Leaving Certificate Examination. English paper, 1924
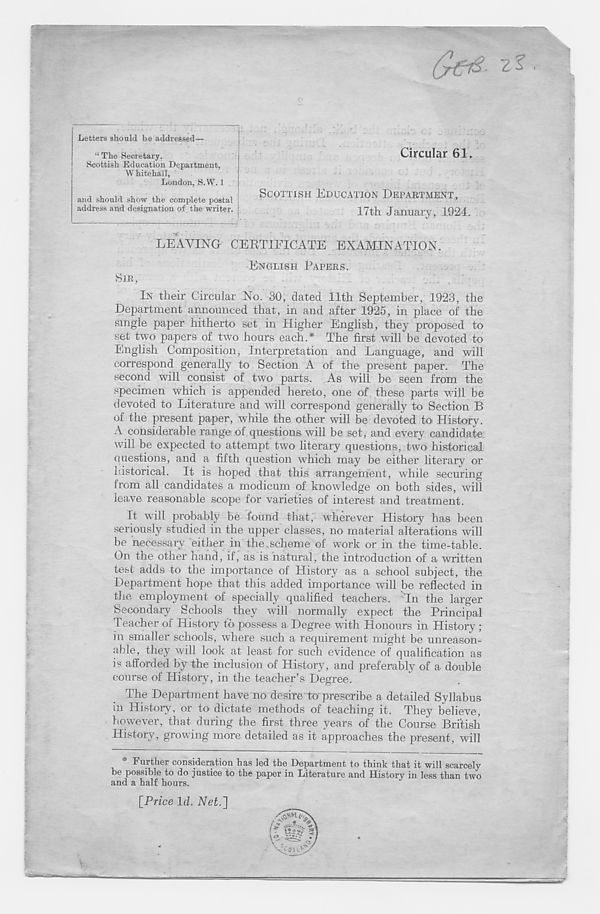
“ The Secretary.
Scottish Education Department,
W hitehali,
London, S.W. 1
and should show the complete postal
address and designation of the writer. 1
Circular 61.
SCOTTISH EDUCATION DEPARTMENT,
17th January, 1924.
SIR,
LEAVING CERTIFICATE EXAMINATION.
ENGLISH PAPERS.
IN their Circular No. 30, dated 11th September, 1923, the
Department announced that, in and after 1925, in place of the
single paper hitherto set in Higher English, they proposed to
set two papers of two hours each.* The first will be devoted to
English Composition, Interpretation and Language, and will
correspond generally to Section A of the present paper. The
second will consist of two parts. As will be seen from the
specimen which is appended hereto, one of these parts will be
devoted to Literature and will correspond generally to Section B
of the present paper, while the other will be devoted to History.
A considerable range of questions will be set, and every candidate
will be expected to attempt two literary questions, two historical
questions, and a fifth question which may be either literary or
historical. It is hoped that this arrangement, while securing
from all candidates a modicum of knowledge on both sides, will
leave reasonable scope for varieties of interest and treatment.
It will probably be tound that, wherever History has been
seriously studied in the upper classes, no material alterations will
be necessary either in the scheme of work or in the time-table.
On the other hand, if, as is natural, the introduction of a written
test adds to the importance of History as a school subject, the
Department hope that this added importance will be reflected in
the employment of specially qualified teachers. 'In the larger
Secondary Schools they will normally expect the Principal
Teacher of History to possess a Degree with Honours in History;
in smaller schools, where such a requirement might be unreason-
able, they will look at least for such evidence of qualification as
is afforded by the inclusion of History, and preferably of a double
course of History, in the teacher’s Degree.
The Department have no desire to prescribe a detailed Syllabus
in History, or to dictate methods of teaching it. They believe,
however, that during the first three years of the Course British
History, growing more detailed as it approaches the present, will
* Further consideration has led the Department to think that it will scarcely
be possible to do justice to the paper in Literature and History in less than two
and a half hours.
[Price Id. Net.]